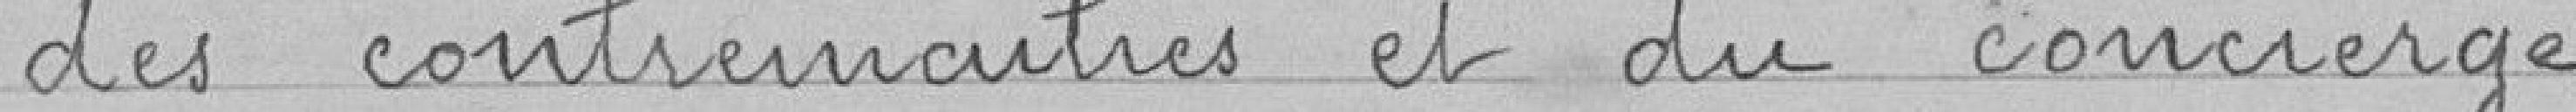
des contremaitres et du concierge.